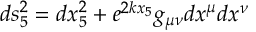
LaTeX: d s _ { 5 } ^ { 2 } = d x _ { 5 } ^ { 2 } + e ^ { 2 k x _ { 5 } } g _ { \mu \nu } d x ^ { \mu } d x ^ { \nu }